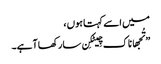
میں اسے کہتا ہوں ،
” تُجھا ناک چِیٹکِن سارکھا آہے۔